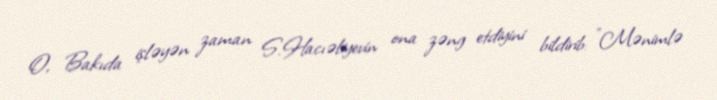
O, Bakıda işləyən zaman S.Hacıəliyevin ona zəng etdiyini bildirib: "Mənimlə